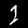
Label: 1